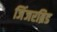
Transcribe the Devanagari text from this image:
जिंजरब्रिड